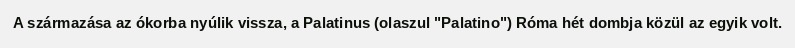
A származása az ókorba nyúlik vissza, a Palatinus (olaszul "Palatino") Róma hét dombja közül az egyik volt.